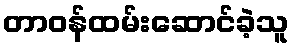
တာဝန်ထမ်းဆောင်ခဲ့သူ